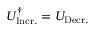
U _ { \mathrm { I n c r . } } ^ { \dag } = U _ { \mathrm { D e c r . } }